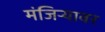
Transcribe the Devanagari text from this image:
मंजिऱ्यावर